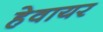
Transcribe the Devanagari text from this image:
हेवायर